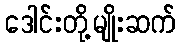
ဒေါင်းတို့မျိုးဆက်